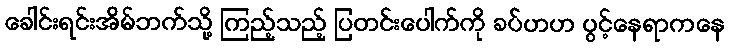
ခေါင်းရင်းအိမ်ဘက်သို့ ကြည့်သည့် ပြတင်းပေါက်ကို ခပ်ဟဟ ပွင့်နေရာကနေ